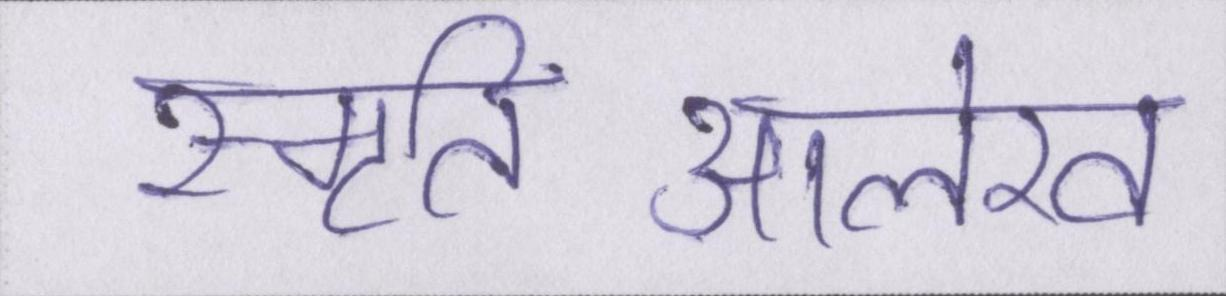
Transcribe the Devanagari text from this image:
स्मृतिआलेख